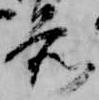
前